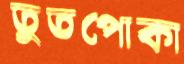
তুতপোকা